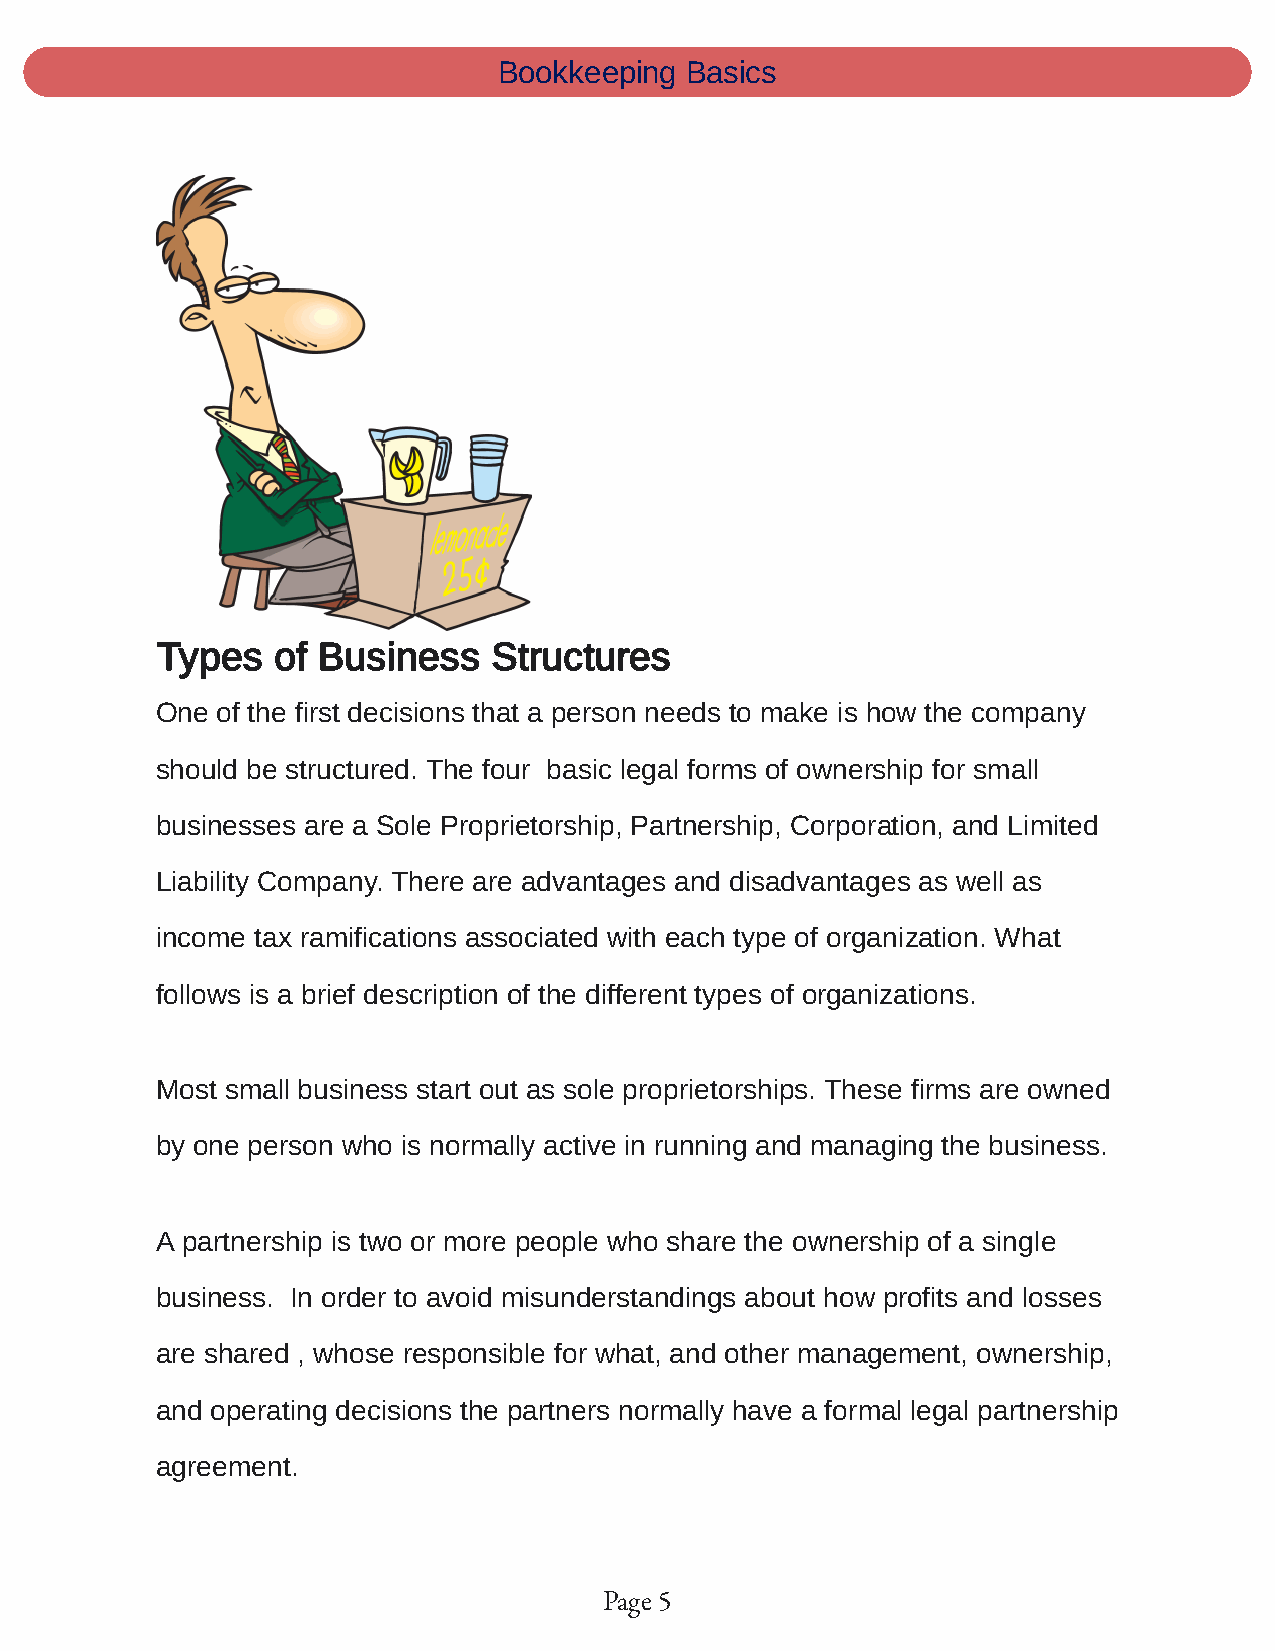
Bookkeeping Basics
 Types   of Business   Structures
 One of the first decisions that a person needs to make is how the company
 should be structured. The four basic legal forms of ownership for small
 businesses are a Sole Proprietorship, Partnership, Corporation, and Limited
 Liability Company. There are advantages and disadvantages as well as
 income tax ramifications associated with each type of organization. What
 follows is a brief description of the different types of organizations.
 Most small business start out as sole proprietorships. These firms are owned
 by one person who is normally active in running and managing the business.
 A partnership is two or more people who share the ownership of a single
 business. In order to avoid misunderstandings about how profits and losses
 are shared , whose responsible for what, and other management, ownership,
 and operating decisions the partners normally have a formal legal partnership
 agreement.
 Page 5